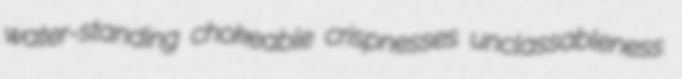
water-standing chokeable crispnesses unclassableness